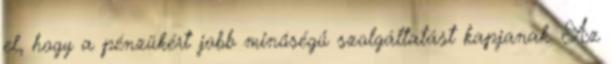
el, hogy a pénzükért jobb minőségű szolgáltatást kapjanak. Az